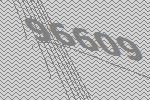
96609